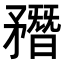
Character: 𥎑